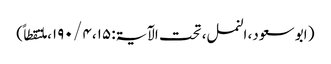
( ابو سعود، النمل، تحت الآیۃ: ۱۵، ۴ / ۱۹۰، ملتقطاً)